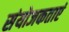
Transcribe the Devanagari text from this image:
संयोजकताएं